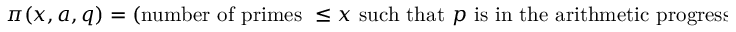
\pi ( x , a , q ) = ( { \mathrm { n u m b e r ~ o f ~ p r i m e s ~ } } \leq x { \mathrm { ~ s u c h ~ t h a t ~ } } p { \mathrm { ~ i s ~ i n ~ t h e ~ a r i t h m e t i c ~ p r o g r e s s i o n ~ } } a + n q , n \in \mathbf { Z } ) ,